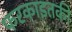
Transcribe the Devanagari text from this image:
फरकाइतकी